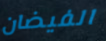
الفيضان